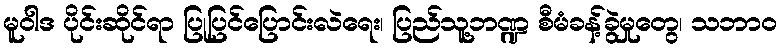
မူဝါဒ ပိုင်းဆိုင်ရာ ပြုပြင်ပြောင်းလဲရေး၊ ပြည်သူ့ဘဏ္ဍ စီမံခန့်ခွဲမှုတွေ၊ သဘာဝ